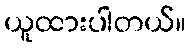
ယူထားပါတယ်။